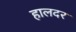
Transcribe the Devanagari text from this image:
हालदर